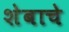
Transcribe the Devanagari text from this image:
शेबाचे